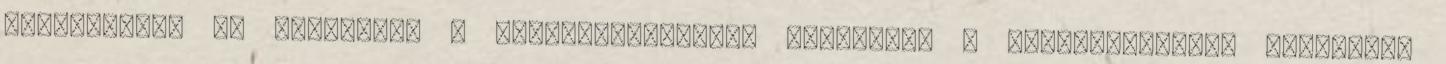
széthordták az épületet. A csoportmegszűnés kizárólag a gyermeklétszám csökkenés